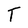
Character: T